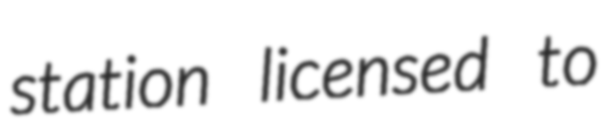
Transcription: station licensed to